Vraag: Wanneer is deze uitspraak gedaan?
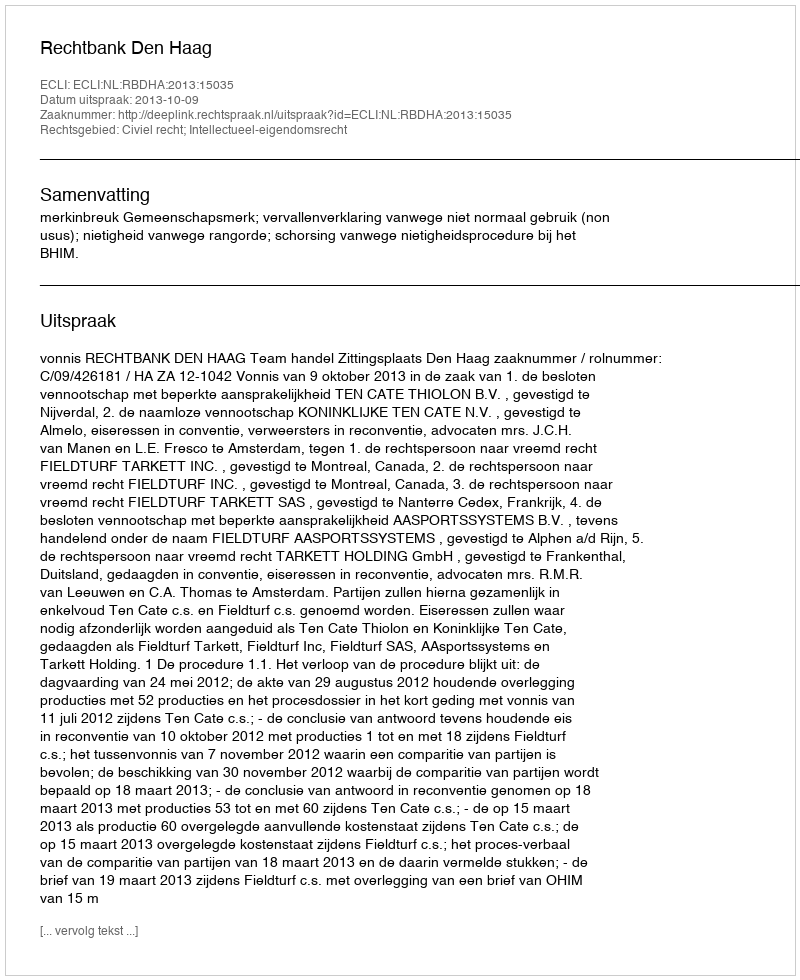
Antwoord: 2013-10-09